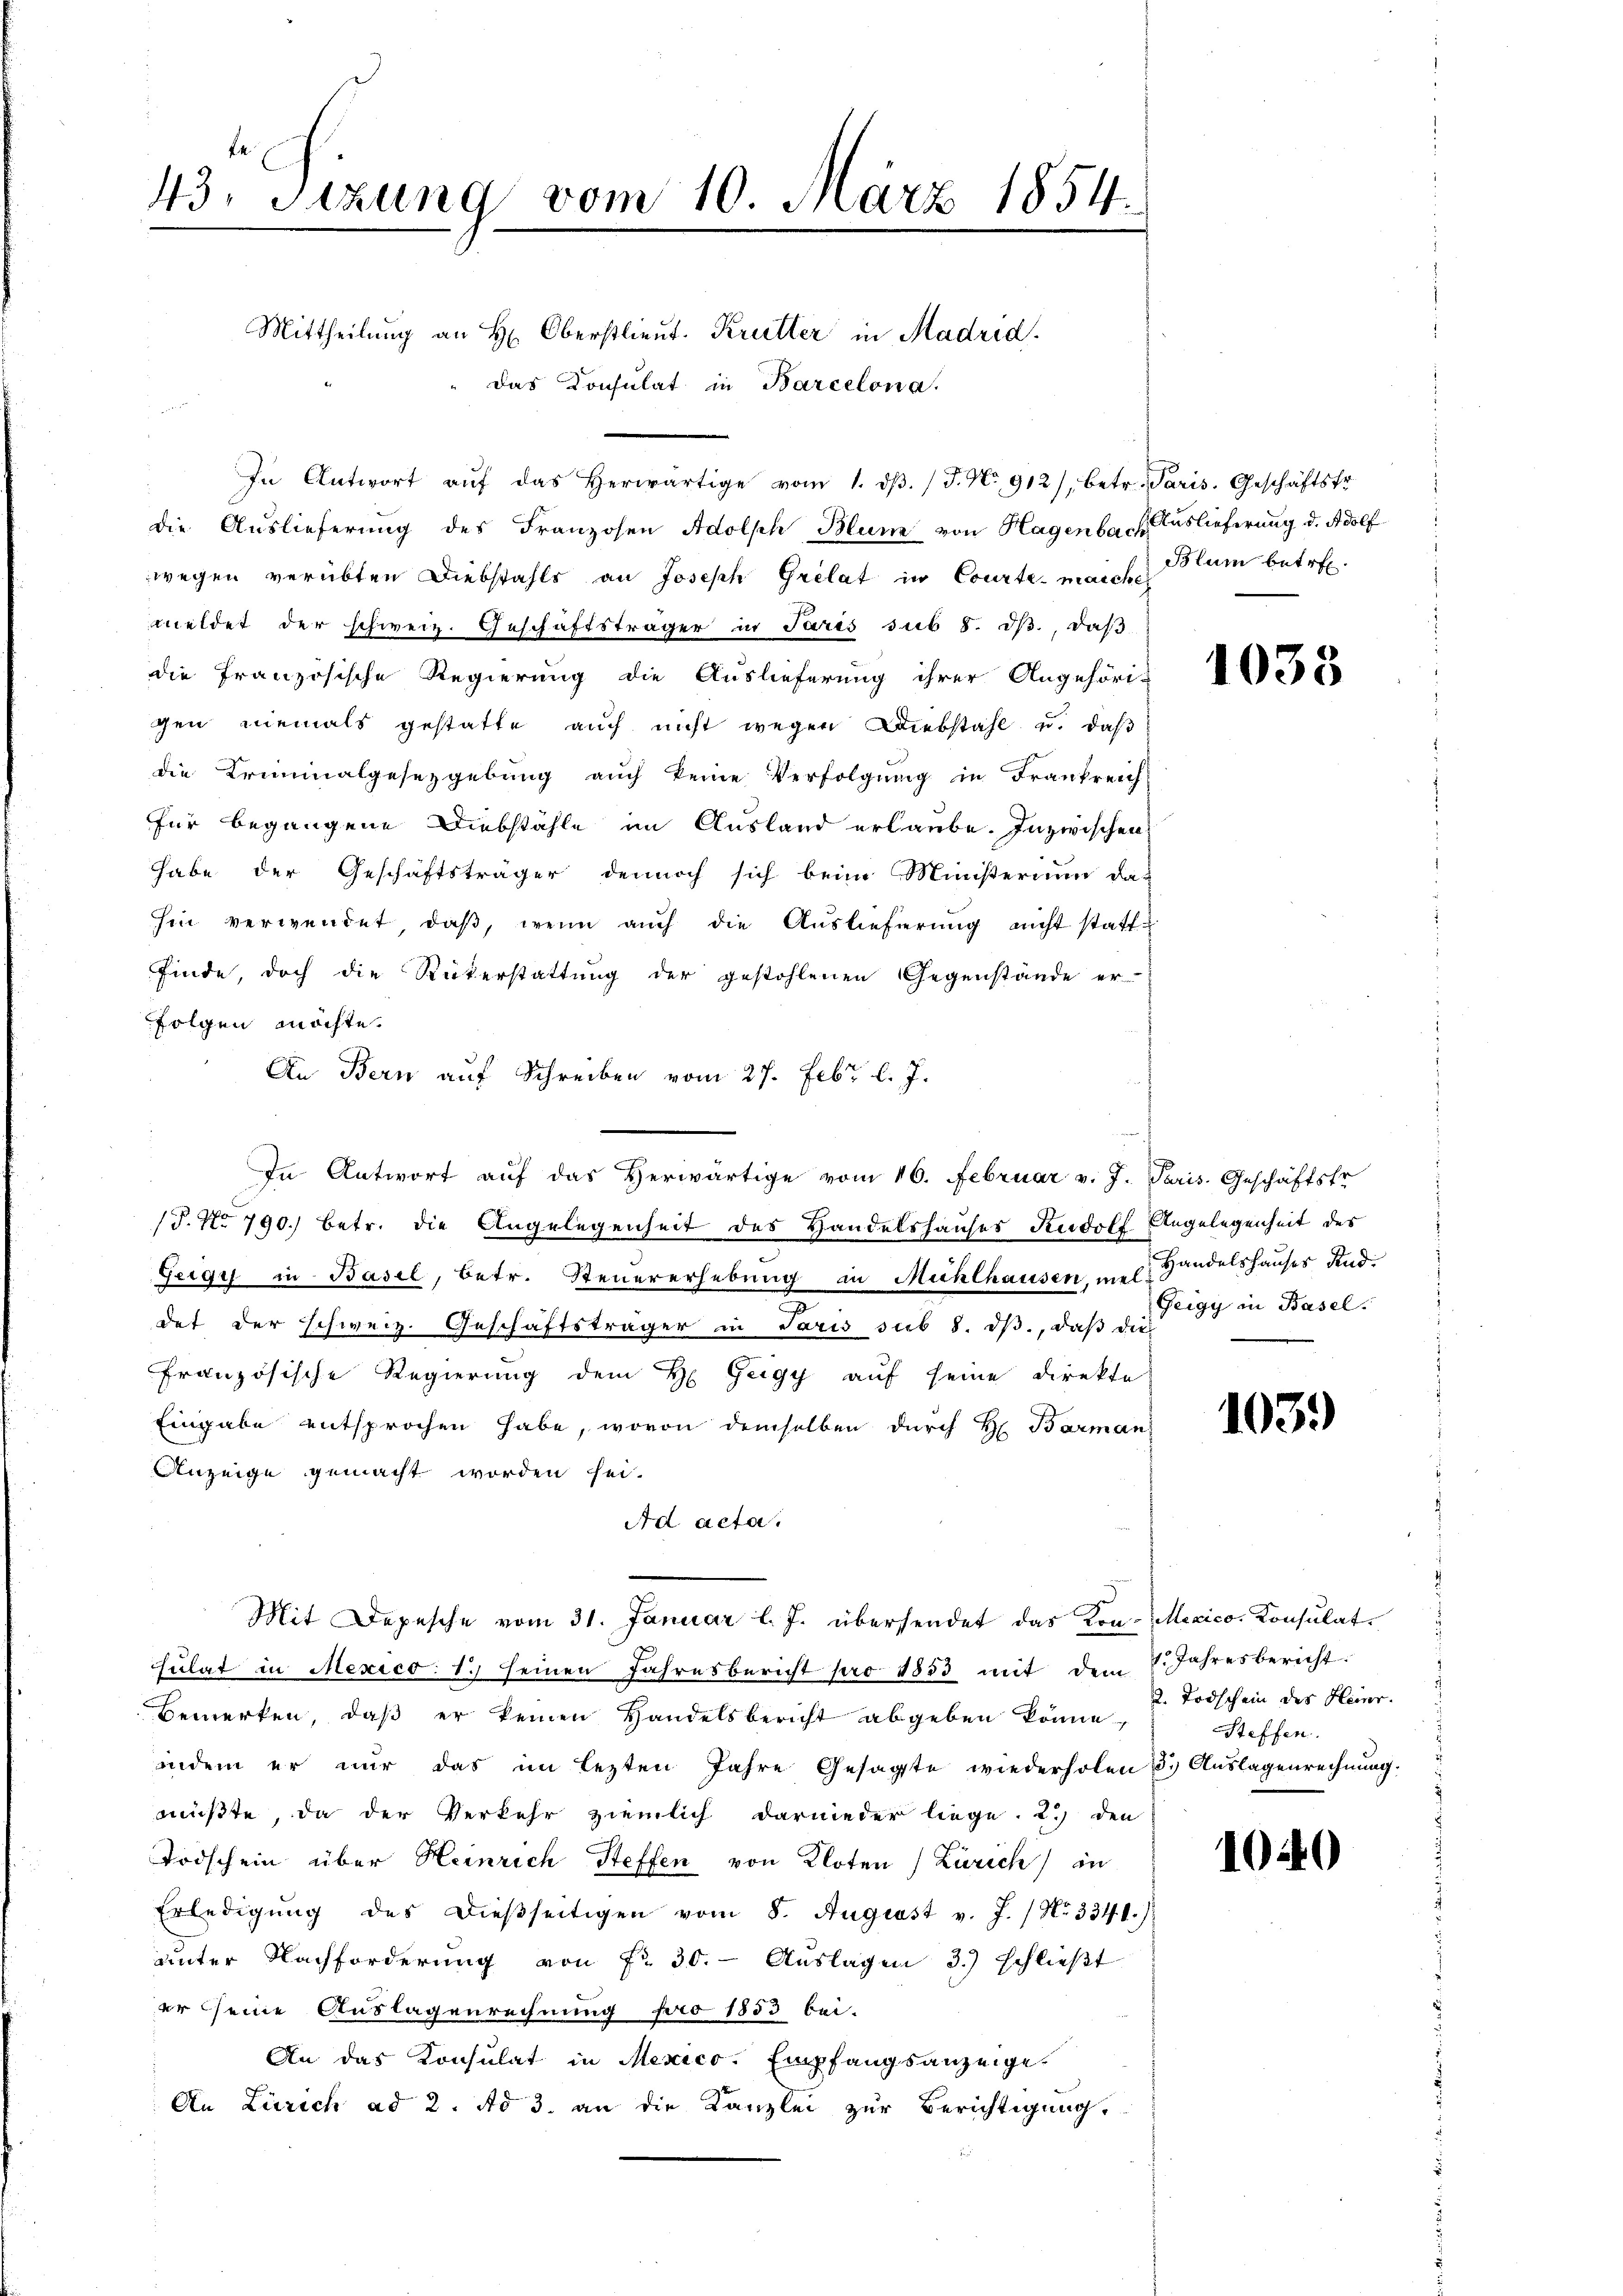
43. Tizung vom 10. März 1854.

Mittheilung an H. Oberstlieut. Krutter in Madrid.
das Konsulat in Barcelona.
In Antwort aŭf das herwärtige vom 1. dβ. / J. No. 912), betr. Paris. Geschäftsfr.
die Auslieferung des Franzosen Adolph Blum von Hagenbach Auslieferung d. Adolf
wegen verübten Diebstahls an Joseph Grelat in Courte, manch Blum betr.
meldet der schweiz. Geschäftsträger in Paris sub 8. dβ., daß
die französische Regierung die Auslieferung ihrer Angehöri-
gen niemals gestatte auch nicht wegen Diebstahl u. daß
die Kriminalgesetzgebung auch keine Verfolgung in Frankreich
für begangene Diebstähle im Ausland erlaube. Inzwischen
habe der Geschäftsträger dennoch sich beim Ministerium da-
hin verwendet, daß, wenn auch die Auslieferung nicht stattfinde, doch die Rükerstattung der gestohlenen Gegenstände er-
Folgen möchte.
An Bern auf Schreiben vom 27. Febr. l. J.
/T. No 790) betr. die Angelegenheit des Handelshauses Rudolf Angelegenheit des
Gergy in Basel, betr. Steuererhebung in Mühlhausen, nel Handelshauses And
det der Schweiz. Geschäftsträger in Paris sub 8. dβ, daß die
französische Regierung dem H. Zeigy auf seine Direkte
Eingabe entsprochen habe, wovon demselben durch H. Barman
Anzeige gemacht worden sei.
Ad acta.
Mit Depesche vom 31. Januar l. J. übersendet das Kon- Mexico. Konsulatsulat in Mexico. 1. seinen Jahresbericht pro 1853 mit dem 8. Jahresbericht.
Bemerken, daß er keinen Handelsbericht abgeben könne,
indem er nur das im lezten Jahre Gesagte wiederholen 3. Aŭslagenrechnŭng.
müßte, da der Verkehr ziemlich darnieder liege. 2.) den
Todschein über Heinrich Steffen von Kloten Zürich) in
Erledigŭng des dießseitigen vom 8. August v. J. / No 334 1.)
unter Nachforderung von fr. 30. Aŭslagen 3) schlieβt
er seine Auslagenrechnung pro 1853 bei-
An das Konsulat in Mexico. Empfangsanzeige.
An Zürich ad 2. Ad 3. an die Kanzlei zur Berichtigung,

In Antwort auf das Herwärtige vom 16. Februar v. J. Paris. Geschäftstr

1035

Zeigy in Basel.

103.

2. Todschein des Heinr.
Steffen.

1040